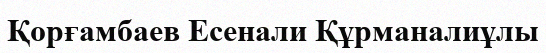
Қорғамбаев Есенали Құрманалиұлы